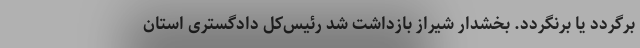
برگردد یا برنگردد. بخشدار شیراز بازداشت شد رئیس‌کل دادگستری استان